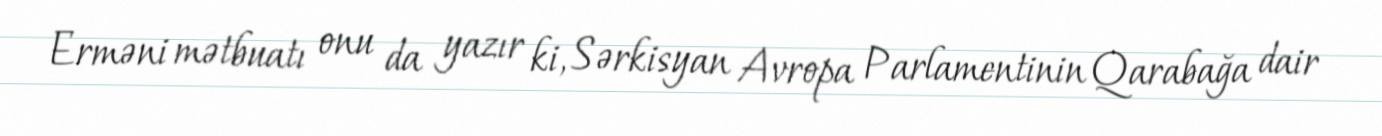
Erməni mətbuatı onu da yazır ki, Sərkisyan Avropa Parlamentinin Qarabağa dair